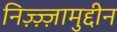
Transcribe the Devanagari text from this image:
निज़्ज़्ज़ामुद्दीन